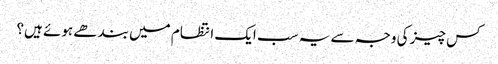
کس چیز کی وجہ سے یہ سب ایک انتظام میں بندھے ہوئے ہیں؟